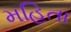
મહિતા